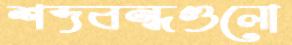
শব্দবন্ধগুলো